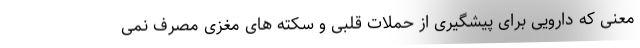
معنی که دارویی برای پیشگیری از حملات قلبی و سکته های مغزی مصرف نمی